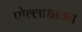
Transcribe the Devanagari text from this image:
पोल्लाधावन